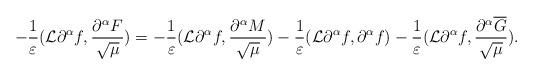
LaTeX: \begin{align*}-\frac{1}{\varepsilon}(\mathcal{L}\partial^{\alpha}f,\frac{\partial^{\alpha}F}{\sqrt{\mu}})=-\frac{1}{\varepsilon}(\mathcal{L}\partial^{\alpha}f,\frac{\partial^{\alpha}M}{\sqrt{\mu}})-\frac{1}{\varepsilon}(\mathcal{L}\partial^{\alpha}f,\partial^{\alpha}f)-\frac{1}{\varepsilon}(\mathcal{L}\partial^{\alpha}f,\frac{\partial^{\alpha}\overline{G}}{\sqrt{\mu}}).\end{align*}